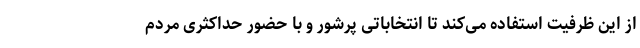
از این ظرفیت استفاده می‌کند تا انتخاباتی پرشور و با حضور حداکثری مردم